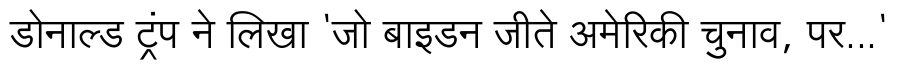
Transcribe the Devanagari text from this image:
डोनाल्ड ट्रंप ने लिखा 'जो बाइडन जीते अमेरिकी चुनाव, पर...'